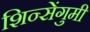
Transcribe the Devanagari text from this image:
शिन्सेंगुमी